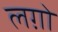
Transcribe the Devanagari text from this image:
लग़ो